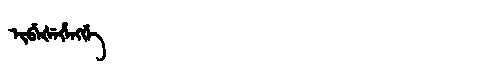
Manchu: ᡳᠪᡝᡧᡝᡥᡝᠩᡤᡝ
Romanization: IBEŠEHENGGE